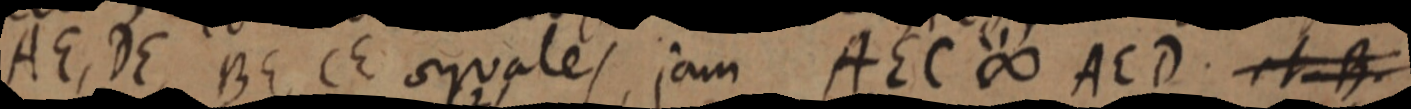
AE, DE, BE, CE aequales, jam AEC ∞ AED. et B.